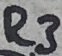
Text: R3